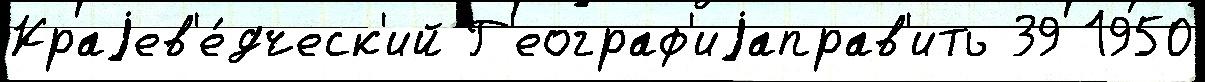
Краjев'е́дческ'ий Г'еограф'иjаправ'ить 39 1950